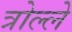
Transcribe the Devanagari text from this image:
त्रोल्ले